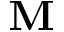
\mathbf { M }